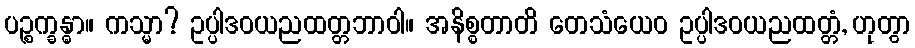
ပဉ္စက္ခန္ဓာ။ ကသ္မာ? ဥပ္ပါဒဝယညထတ္တဘာဝါ။ အနိစ္စတာတိ တေသံယေဝ ဥပ္ပါဒဝယညထတ္တံ, ဟုတွာ